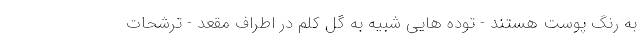
به رنگ پوست هستند - توده هایی شبیه به گل کلم در اطراف مقعد - ترشحات